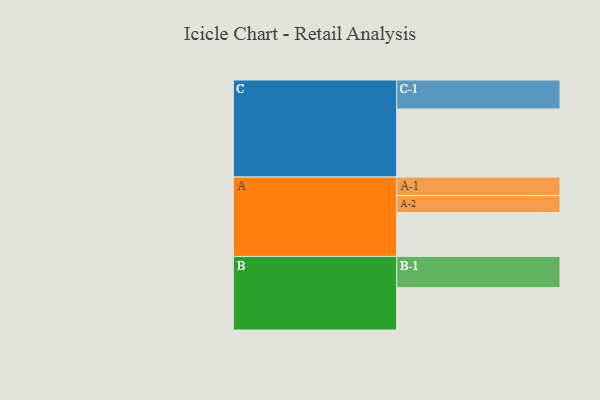
{"axis": {"x": "Segment", "y": "Value"}, "legend": ["", "A", "B", "C"], "data": [{"x": "A", "y": 312, "type": ""}, {"x": "B", "y": 301, "type": ""}, {"x": "C", "y": 484, "type": ""}, {"x": "A-1", "y": 132, "type": "A"}, {"x": "A-2", "y": 120, "type": "A"}, {"x": "B-1", "y": 222, "type": "B"}, {"x": "C-1", "y": 206, "type": "C"}]}